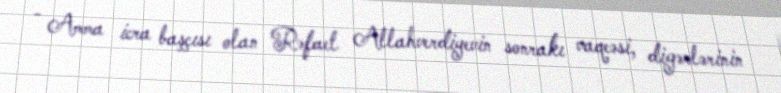
- Amma icra başçısı olan Rəfael Allahverdiyevin sonrakı vaqeəsi, digərlərinin